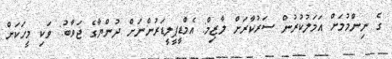
ގެ ނިންމުމަށް އަމަލުކުރުން ސަރުކާރަށް ލާޒިމް: އެމްޑީޕީލީޑަރުންނަށް ދުންޔާގެ ޖަވާބު: ވަކި މީހަކަށް